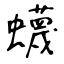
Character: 蠛